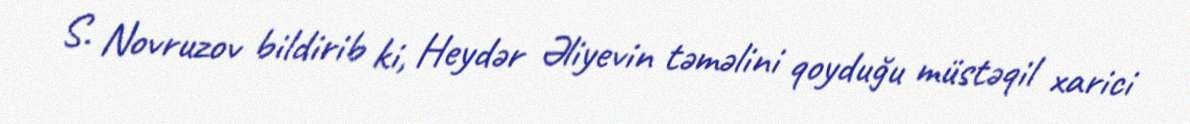
S. Novruzov bildirib ki, Heydər Əliyevin təməlini qoyduğu müstəqil xarici